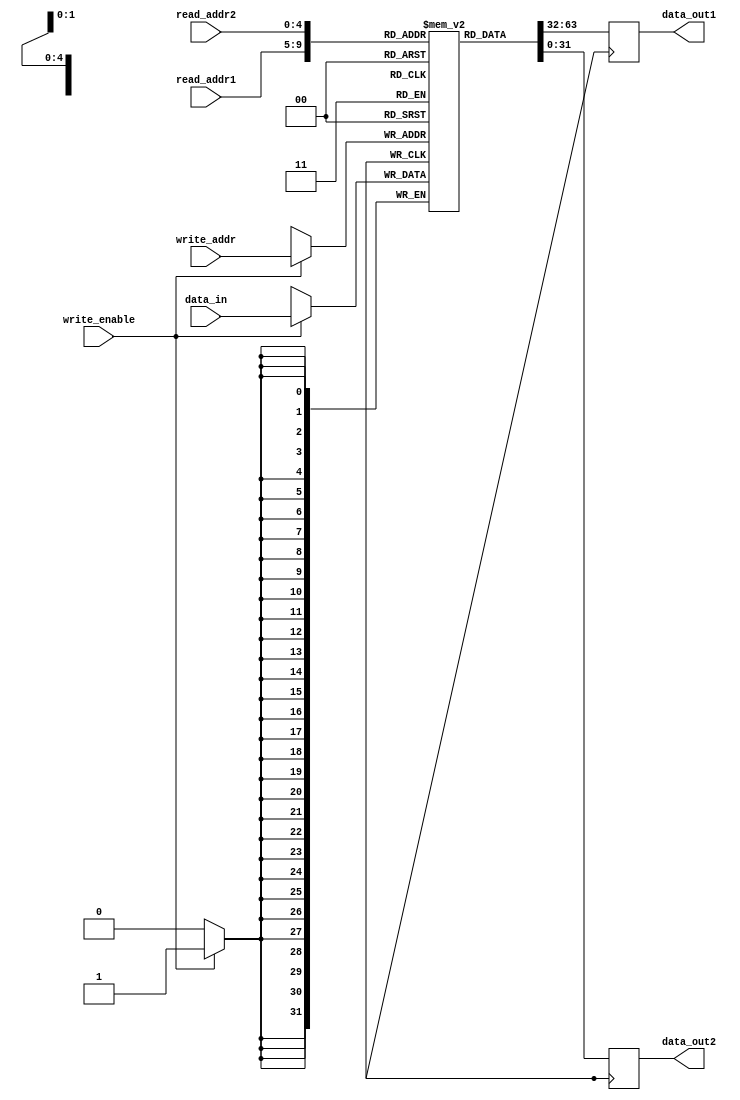
module register_file (
    input wire [4:0] read_addr1,
    input wire [4:0] read_addr2,
    input wire [4:0] write_addr,
    input wire [31:0] data_in,
    input wire write_enable,
    output reg [31:0] data_out1,
    output reg [31:0] data_out2
);

reg [31:0] memory [31:0];

always @(posedge clock) begin
    if (write_enable) begin
        memory[write_addr] <= data_in;
    end
    data_out1 <= memory[read_addr1];
    data_out2 <= memory[read_addr2];
end

endmodule